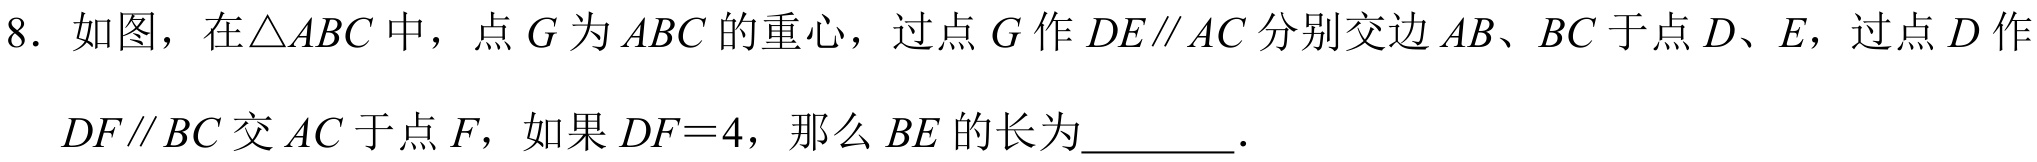
8. 如图，在\(\triangle ABC\) 中，点 \(G\) 为 \(ABC\) 的重心，过点 \(G\) 作 \(DE\parallel AC\) 分别交边 \(AB\)、\(BC\) 于点 \(D\)、\(E\)，过点 \(D\) 作 \(DF\parallel BC\) 交 \(AC\) 于点 \(F\)，如果 \(DF = 4\)，那么 \(BE\) 的长为\(\underline{\quad\quad}\).